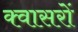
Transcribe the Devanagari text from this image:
क्वासरों